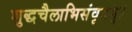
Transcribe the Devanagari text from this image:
शुद्धचैलाभिसंवृतम्।